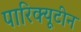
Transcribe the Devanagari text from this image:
पारिक्यूटीन